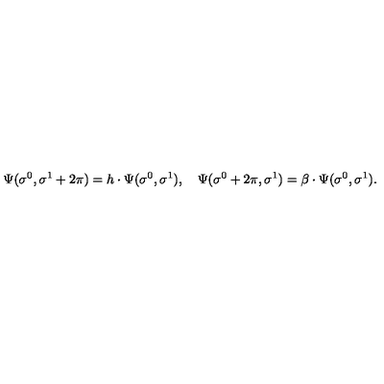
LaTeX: \Psi ( \sigma ^ { 0 } , \sigma ^ { 1 } + 2 \pi ) = h \cdot \Psi ( \sigma ^ { 0 } , \sigma ^ { 1 } ) , \quad \Psi ( \sigma ^ { 0 } + 2 \pi , \sigma ^ { 1 } ) = \beta \cdot \Psi ( \sigma ^ { 0 } , \sigma ^ { 1 } ) .